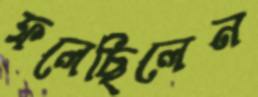
ফলেছিলেন